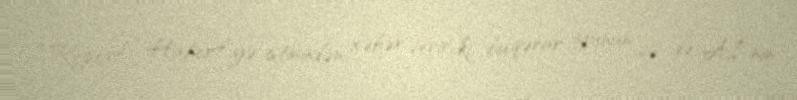
“Report” “Haber7”yə istinadən xəbər verir ki, bu qərar iyunun 28-də Aİ-nin